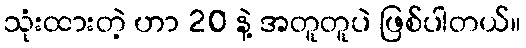
သုံးထားတဲ့ ဟာ 20 နဲ့ အတူတူပဲ ဖြစ်ပါတယ်။